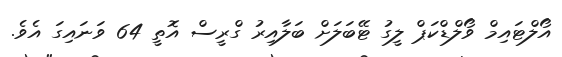
އޯލްޓައިމް ވޯލްޑްކަޕް ލީގު ޓޭބަލަށް ބަލާއިރު ގްރީސް އޮތީ 64 ވަނައިގަ އެވެ.